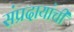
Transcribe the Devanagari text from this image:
संप्रदायांची